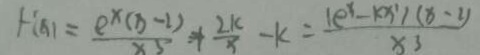
f ^ { \prime } ( x ) = \frac { e ^ { x } ( x - 1 ) } { x ^ { 3 } } + \frac { 2 k } { x } - k = \frac { ( e ^ { x } - k x ^ { 2 } ) ( x - 2 ) } { x ^ { 3 } }